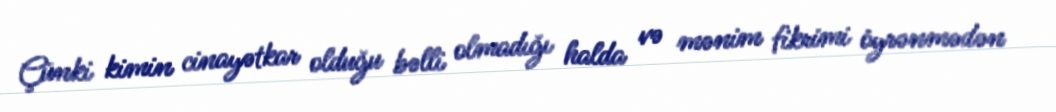
Çünki kimin cinayətkar olduğu bəlli olmadığı halda və mənim fikrimi öyrənmədən